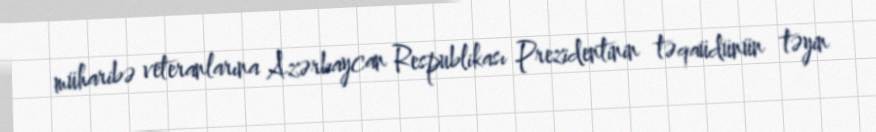
müharibə veteranlarına Azərbaycan Respublikası Prezidentinin təqaüdünün təyin